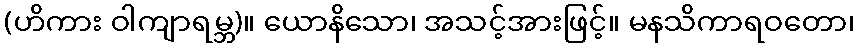
(ဟိကား ဝါကျာရမ္ဘ)။ ယောနိသော၊ အသင့်အားဖြင့်။ မနသိကာရဝတော၊